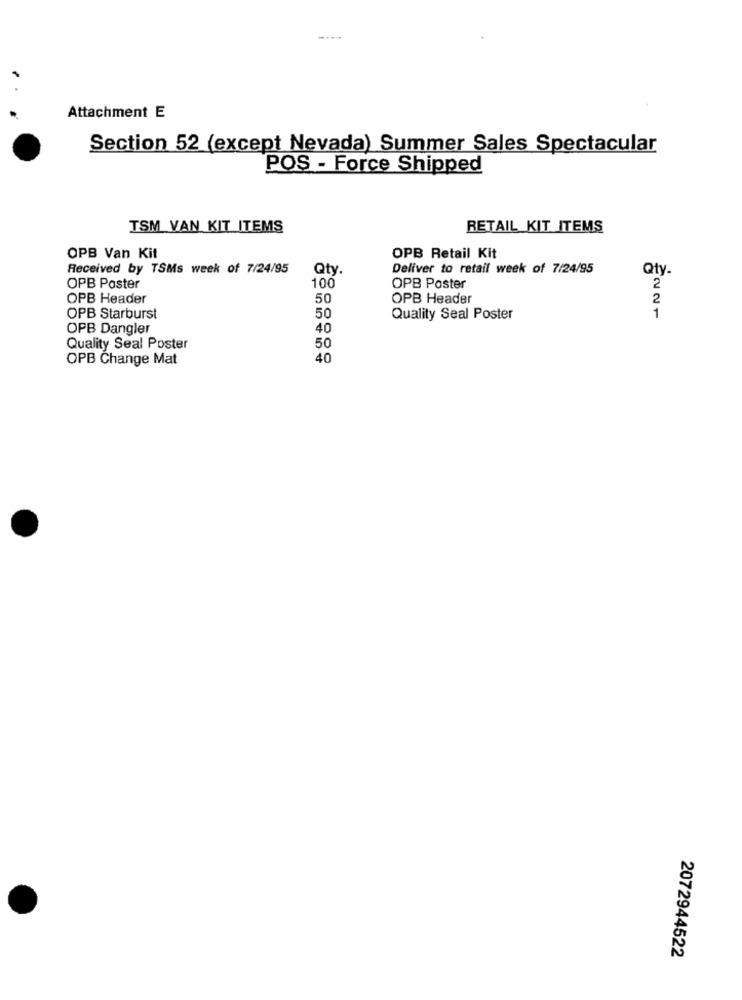
....
Attachment E
Section 52 (except Nevada) Summer Sales Spectacular
POS - Force Shipped
TSM VAN KIT ITEMS
RETAIL KIT ITEMS
OPB Van Kit
OPB Retail Kit
Received by TSMs week of 7/24/95
Qty
Deliver to retail week of 7/24/95
Qty.
OPB Poster
100
OPB Poster
2
OPB Header
50
OPB Header
2
OPB Starburst
50
Quality Seal Poster
1
OPB Dangler
40
Quality Seal Poster
50
OPB Change Mat
40
2072944522